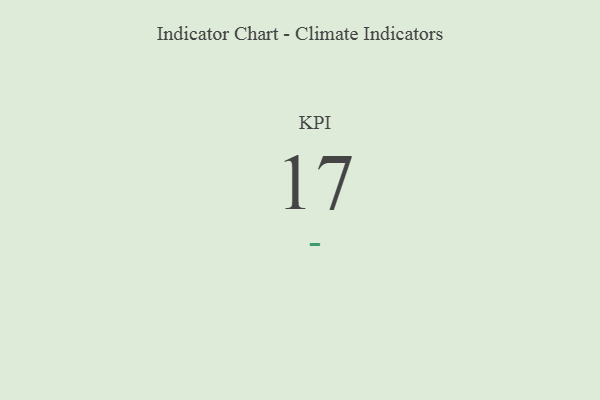
{"axis": {"x": "KPI", "y": "Value"}, "legend": [""], "data": [{"x": "KPI", "y": 17, "type": ""}]}